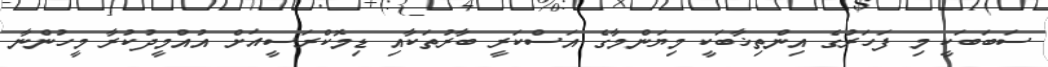
ސަބަބަކީ މި ފަހަރުގެ އިންތިޚާބަކީ މިޔަންމާގެ އަސްކަރީ ބާރުތަކާއި ޑިމޮކްރަސީއަށް އުއްމީދުކުރާ މީހުންނާ